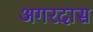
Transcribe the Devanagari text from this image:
अगरदास